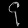
Digit: ၄